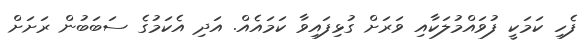
ފެހި ކަމަކީ ފުވައްމުލަކާއި ވަރަށް ގުޅިފައިވާ ކަމައެއް. އަދި އެކަމުގެ ސަބަބުން ރަށަށް